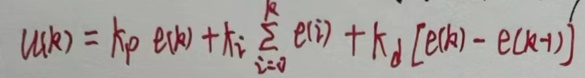
\[ u(k) = k_p e(k) + k_i \sum_{i = 0}^{k} e(i) + k_d [e(k) - e(k - 1)] \]